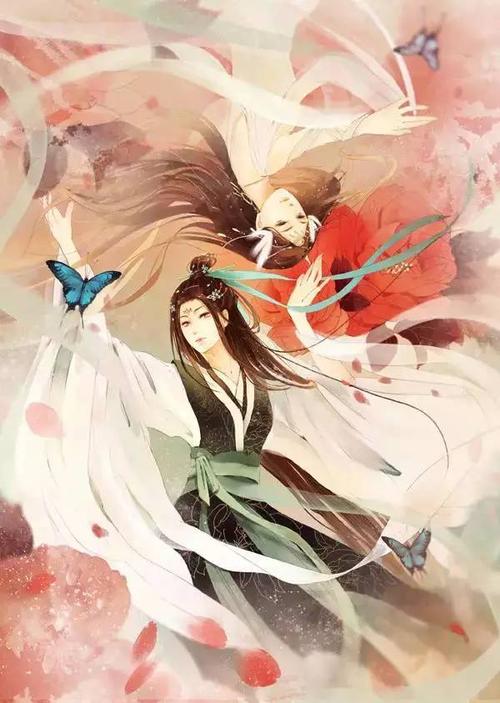
来是空言去绝踪，月斜楼上五更钟。